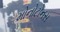
મોનોટોનસ